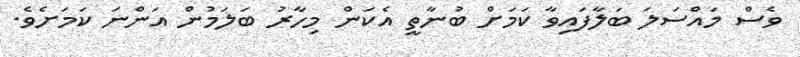
ވެސް މައްސަލަ ބަލާފައިވާ ކަމަށް ބުނާތީ އެކަން މިހާރު ބަލަމުން އަންނަ ކަމަށެވެ.